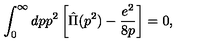
\int _ { 0 } ^ { \infty } d p p ^ { 2 } \left[ \hat { \Pi } ( p ^ { 2 } ) - \frac { e ^ { 2 } } { 8 p } \right] = 0 ,